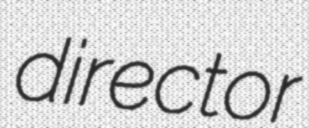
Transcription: director